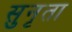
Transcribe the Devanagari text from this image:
सुनृता